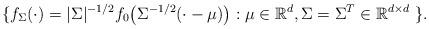
LaTeX: \begin{align*}\{f_\Sigma(\cdot)=|\Sigma|^{-1/2} f_0\bigl(\Sigma^{-1/2}(\cdot - \mu)\bigr): \mu \in \mathbb{R}^d, \Sigma=\Sigma^T \in \mathbb{R}^{d \times d} \ \}.\end{align*}